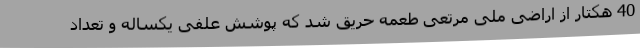
40 هکتار از اراضی ملی مرتعی طعمه حریق شد که پوشش علفی یکساله و تعداد